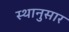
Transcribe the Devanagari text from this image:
स्थानुसार